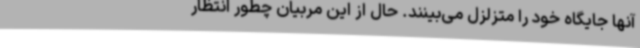
آنها جایگاه خود را متزلزل می‌بینند. حال از این مربیان چطور انتظار